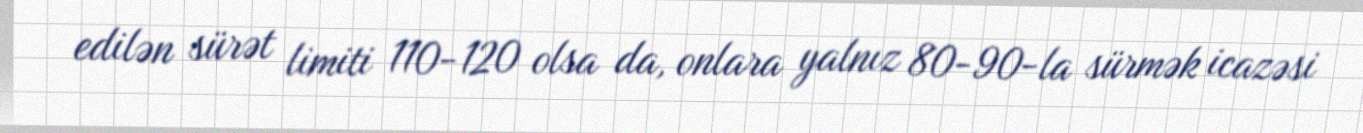
edilən sürət limiti 110-120 olsa da, onlara yalnız 80-90-la sürmək icazəsi